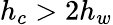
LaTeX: h_{c}>2h_{w}